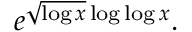
e ^ { { \sqrt { \log x } } \log \log x } .